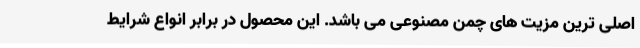
اصلی ترین مزیت های چمن مصنوعی می باشد. این محصول در برابر انواع شرایط